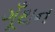
ગૂઁથન